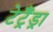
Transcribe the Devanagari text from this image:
टेट्रैंड्रा